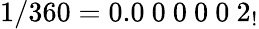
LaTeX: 1/360=0.0\ 0\ 0\ 0\ 0\ 2_{!}